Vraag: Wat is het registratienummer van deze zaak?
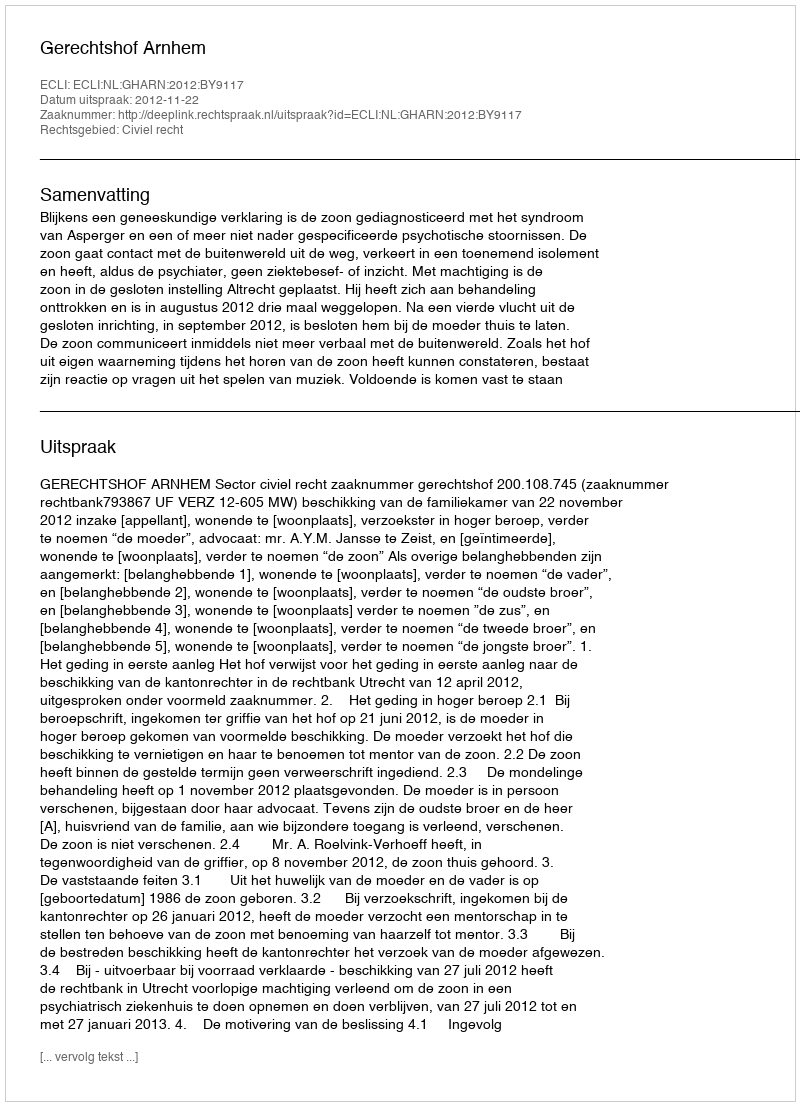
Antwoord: http://deeplink.rechtspraak.nl/uitspraak?id=ECLI:NL:GHARN:2012:BY9117